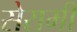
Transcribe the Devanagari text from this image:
सेरामी